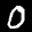
Label: 0